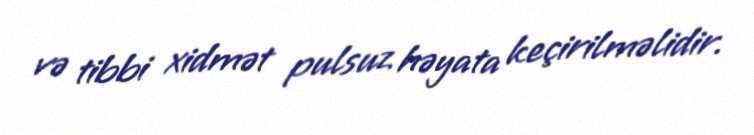
və tibbi xidmət pulsuz həyata keçirilməlidir.